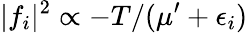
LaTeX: \lvert f_{i}\rvert^{2}\propto-T/(\mu^{\prime}+\epsilon_{i})